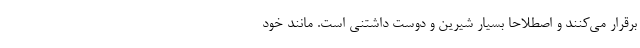
برقرار می‌کنند و اصطلاحا بسیار شیرین و دوست داشتنی است. مانند خود